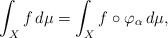
\begin{align*} \int_X f\,d\mu=\int_X f\circ\varphi_\alpha\,d\mu,\end{align*}